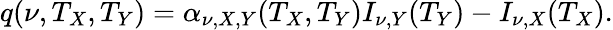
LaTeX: q(\nu,T_{X},T_{Y})=\alpha_{\nu,X,Y}(T_{X},T_{Y})I_{\nu,Y}(T_{Y})-I_{\nu,X}(T_{X}).